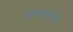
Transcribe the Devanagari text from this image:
गुदवाएँगे।